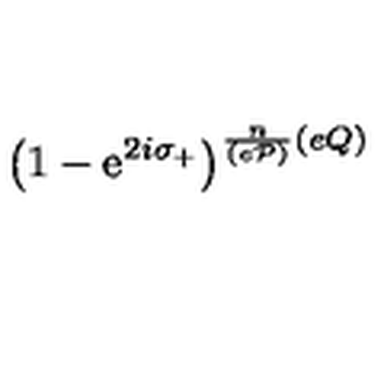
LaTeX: \left( 1 - \mathrm { e } ^ { 2 i \sigma _ { + } } \right) ^ { \frac { n } { ( e { \cal P } ) } ( e Q ) }